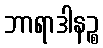
ဘာရာဒါနဉ္စ